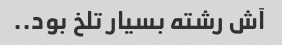
آش رشته بسیار تلخ بود..